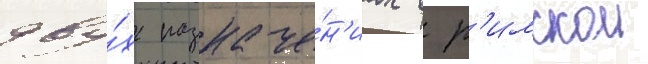
дву́х назначе́н'иах в р'имскои